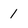
Character: 1